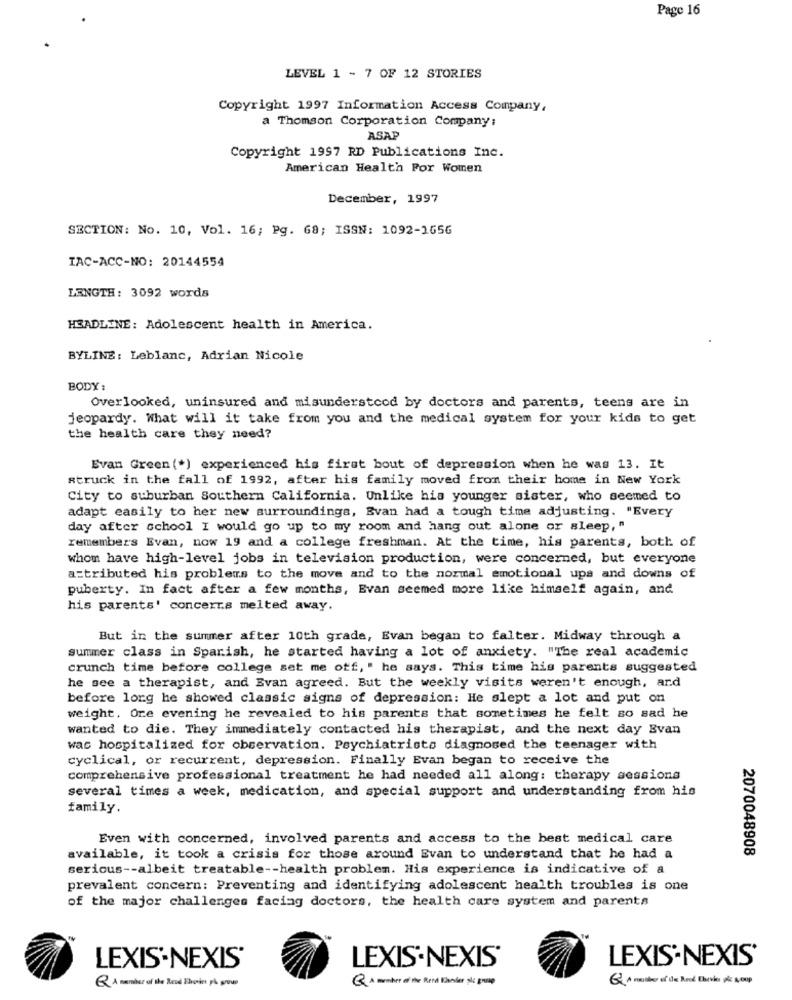
Page 16
LEVEL 1 - 7 OF 12 STORIES
Copyright 1997 Information Access Company,
a Thomson Corporation Company:
ASAP
Copyright 1997 RD Publications Inc.
American Health For Women
December, 1997
SECTION: No. 10, Vol. 16; Pg. 68; ISSN: 1092-1656
IAC-ACC-NO: 20144554
LENGTH: 3092 words
HEADLINE: Adolescent health in America.
BYLINE: Leblanc, Adrian Nicole
BODY :
Overlooked, uninsured and misunderstood by doctors and parents, teens are in
jeopardy. What will it take from you and the medical system for your kids to get
the health care they need?
Evan Green (*) experienced his first bout of depression when he was 13. It
Atruck in the fall of 1992, after his family moved from their home in New York
City to suburban Southern California. Unlike his younger sister, who seemed to
adapt easily to her new surroundings, Evan had a tough time adjusting. "Every
day after school I would go up to my room and hang out alone or sleep, "
remembers Evan, now 19 and a college freshman. At the time, his parents, both of
whom have high-level jobs in television production, were concerned, but everyone
attributed his problems to the move and to the normal emotional ups and downs of
puberty. In fact after a few months, Evan seemed more like himself again, and
his parents' concerts melted away.
But in the summer after 10th grade, Evan began to falter. Midway through a
summer class in Spanish, he started having a lot of anxiety. "The real academic
crunch time before college set me off, " he says. This time his parents suggested
he see a therapist, and Evan agreed. But the weekly visits weren't enough, and
before long he showed classic signs of depression: He slept a lot and put on
weight. Ore evening he revealed to his parents that sometimes he felt so sad he
wanted to die. They immediately contacted his therapist, and the next day Evan
was hospitalized for observation. Psychiatrists diagnosed the teenager with
cyclical, or recurrent, depression. Finally Evan began to receive the
comprehensive professional treatment he had needed all along: therapy sessions
several times a week, medication, and special support and understanding from his
family.
Even with concerned, involved parents and access to the best medical care
2070048908
available, it took a crisis for those around Evan to understand that he had a
serious -- albeit treatable -- health problem. His experience is indicative of a
prevalent concern: Preventing and identifying adolescent health troubles is one
of the major challenges facing doctors, the health care system and parents
LEXIS NEXIS'
LEXIS'NEXIS'
LEXIS NEXIS'
Q A mother of de Red Duvin k -cup
Q A number of the Rood Envoies på group
Q A member of the Bend Kanlar sk grasp